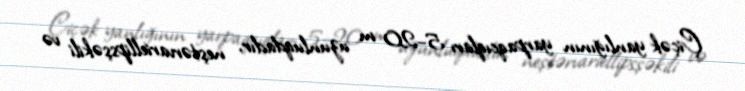
Çiçək yanlığının yarpaqcıqları 5–20 m uzunluqdadır, neştərvariellipsşəkili və